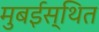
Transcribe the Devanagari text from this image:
मुबईस्थित